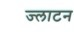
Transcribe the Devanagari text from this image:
ज्लाटन